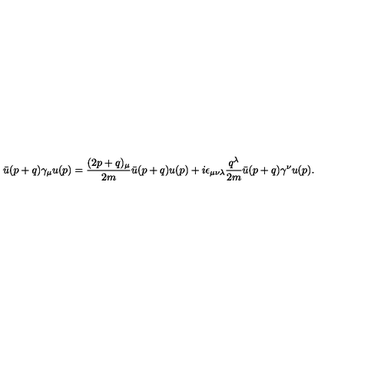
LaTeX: \bar { u } ( p + q ) \gamma _ { \mu } u ( p ) = \frac { ( 2 p + q ) _ { \mu } } { 2 m } \bar { u } ( p + q ) u ( p ) + i \epsilon _ { \mu \nu \lambda } \frac { q ^ { \lambda } } { 2 m } \bar { u } ( p + q ) \gamma ^ { \nu } u ( p ) .